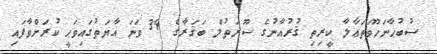
ސުބުޙާނަހޫވަތަޢާލާ ކީރިތި ޤުރުއާނުގެ ސޫރަތުލް ބަޤަރާގެ 39 ވަނަ އާޔަތުގައިޥަޙީ ކުރަށްވާފައި